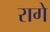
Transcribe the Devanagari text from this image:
रागे